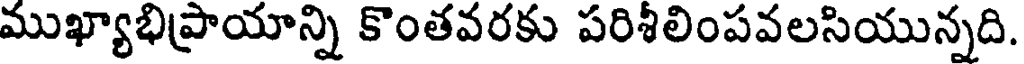
ముఖ్యాభిప్రాయాన్ని కొంతవరకు పరిశీలింపవలసియున్నది.